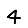
Digit: 4